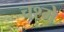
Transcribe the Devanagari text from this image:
चश्‍मे